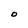
Character: O